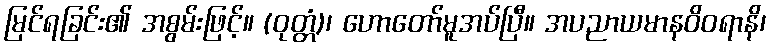
မြင်ရခြင်း၏ အစွမ်းဖြင့်။ (ဝုတ္တံ)၊ ဟောတော်မူအပ်ပြီ။ အပညာယမာနဝိဝရာနိ၊